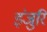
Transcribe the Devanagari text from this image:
इंजुरि